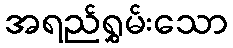
အရည်ရွှမ်းသော